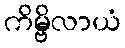
ကိမ္ဗိလာယံ